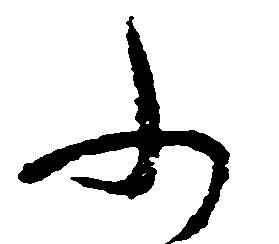
ふ